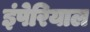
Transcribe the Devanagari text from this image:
इंपेरियाल